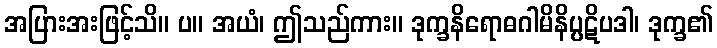
အပြားအးဖြင့်သိ။ ပ။ အယံ၊ ဤသည်ကား။ ဒုက္ခနိရောဓဂါမိနိပ္ပဋိပဒါ၊ ဒုက္ခ၏